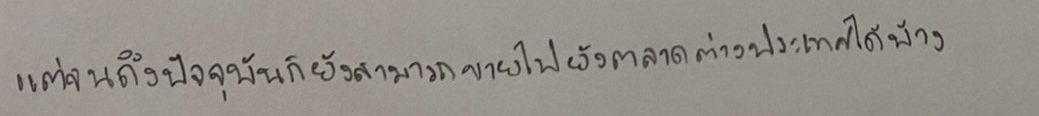
แต่จนถึงปัจจุบันก็ยังสามารถขายไปยังตลาดต่างประเทศได้บ้าง